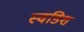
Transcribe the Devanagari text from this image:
स्वडिश